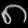
Digit: ၈